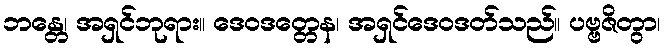
ဘန္တေ၊ အရှင်ဘုရား။ ဒေဝဒတ္တေန၊ အရှင်ဒေဝဒတ်သည်။ ပဗ္ဗဇိတွာ၊